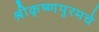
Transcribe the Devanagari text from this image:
श्रीकृष्णपुरमचे